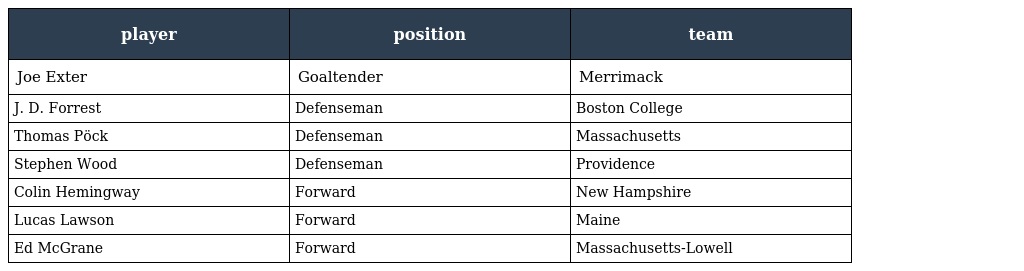
| player | position | team |
 | --- | --- | --- |
 | Joe Exter | Goaltender | Merrimack |
 | J. D. Forrest | Defenseman | Boston College |
 | Thomas Pöck | Defenseman | Massachusetts |
 | Stephen Wood | Defenseman | Providence |
 | Colin Hemingway | Forward | New Hampshire |
 | Lucas Lawson | Forward | Maine |
 | Ed McGrane | Forward | Massachusetts-Lowell |